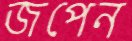
জপেন